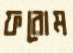
ফরোম